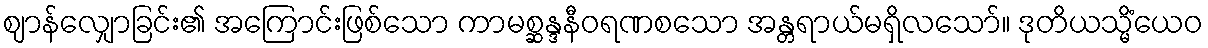
ဈာန်လျှောခြင်း၏ အကြောင်းဖြစ်သော ကာမစ္ဆန္ဒနီဝရဏစသော အန္တရာယ်မရှိလသော်။ ဒုတိယသ္မိံယေဝ